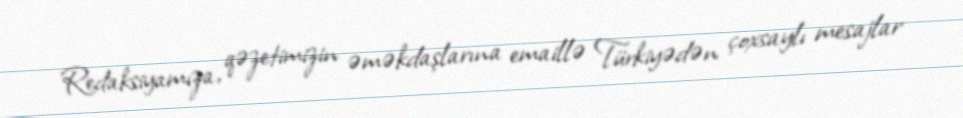
Redaksiyamıza, qəzetimizin əməkdaşlarına emaillə Türkiyədən çoxsaylı mesajlar